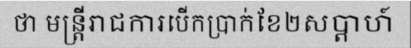
ថា មន្ត្រីរាជការបើកប្រាក់ខែ២សប្តាហ៍